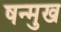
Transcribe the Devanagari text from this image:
षन्मुख